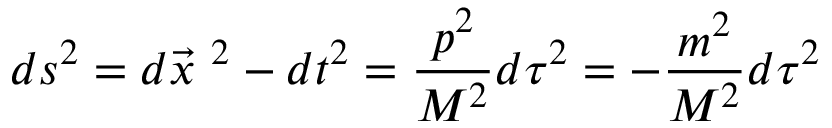
d s ^ { 2 } = d \vec { x } \ ^ { 2 } - d t ^ { 2 } = \frac { p ^ { 2 } } { M ^ { 2 } } d \tau ^ { 2 } = - \frac { m ^ { 2 } } { M ^ { 2 } } d \tau ^ { 2 }